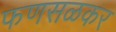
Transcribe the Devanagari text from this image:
फणसळकर